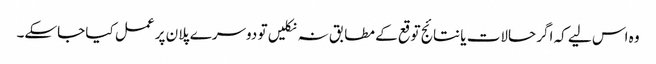
وہ اس لیے کہ اگر حالات یا نتائج توقع کے مطابق نہ نکلیں تو دوسرے پلان پر عمل کیا جاسکے۔